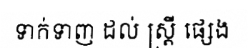
ទាក់ទាញ ដល់ ស្ត្រី ផ្សេង